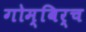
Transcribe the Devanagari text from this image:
गोम्बिर्च